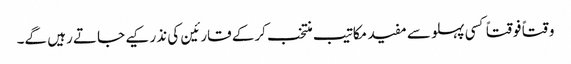
وقتاً فوقتاً کسی پہلو سے مفید مکاتیب منتخب کرکے قارئین کی نذر کیے جاتے رہیں گے۔